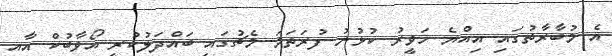
އެ މުބާރާތުގައި އިއްޔެ ހަވީރު ކުޅުނު ފުރަތަމަ މެޗުގައި ބައްދަލުކުރީ އޯވާބުކް އާއި